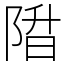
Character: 陹